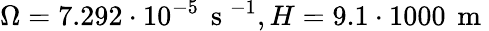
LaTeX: \Omega=7.292\cdot 10^{-5}\, \mathrm{~s~}^{-1},H=9.1\cdot 1000\, \mathrm{~m~}